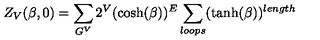
Z _ { V } ( \beta , 0 ) = \sum _ { G ^ { V } } 2 ^ { V } ( \cosh ( \beta ) ) ^ { E } \sum _ { l o o p s } ( \tanh ( \beta ) ) ^ { l e n g t h }